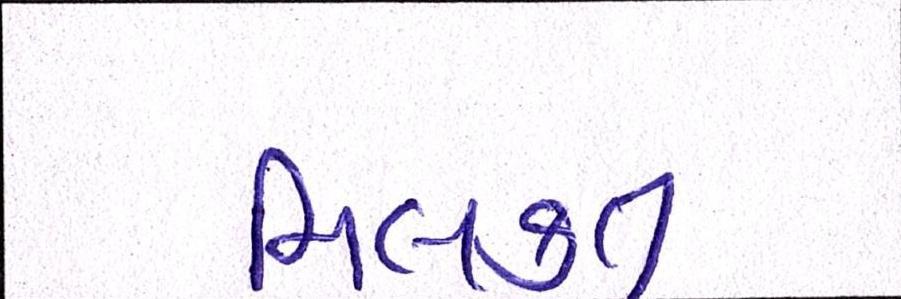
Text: મિલકત